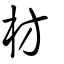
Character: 枋